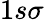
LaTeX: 1s\sigma